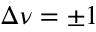
\Delta \nu = \pm 1